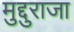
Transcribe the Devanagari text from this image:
मुद्दुराजा